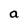
Character: a